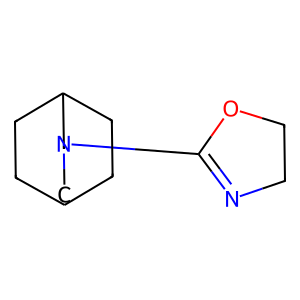
SMILES: C1COC(N2CC3CCC(CC3)C2)=N1
Inhibits HIV replication: No